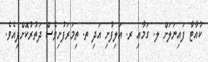
ކުއާޓާ ފައިނަލަށް ލ. ގަމާއި ރ. އަލިފުށި އަދި ތ. ތިމަރަފުށިވެސް ދަތުރުކޮށްފިއެވެ.